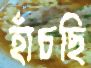
হাঁচছি